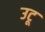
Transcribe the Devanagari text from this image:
उटू